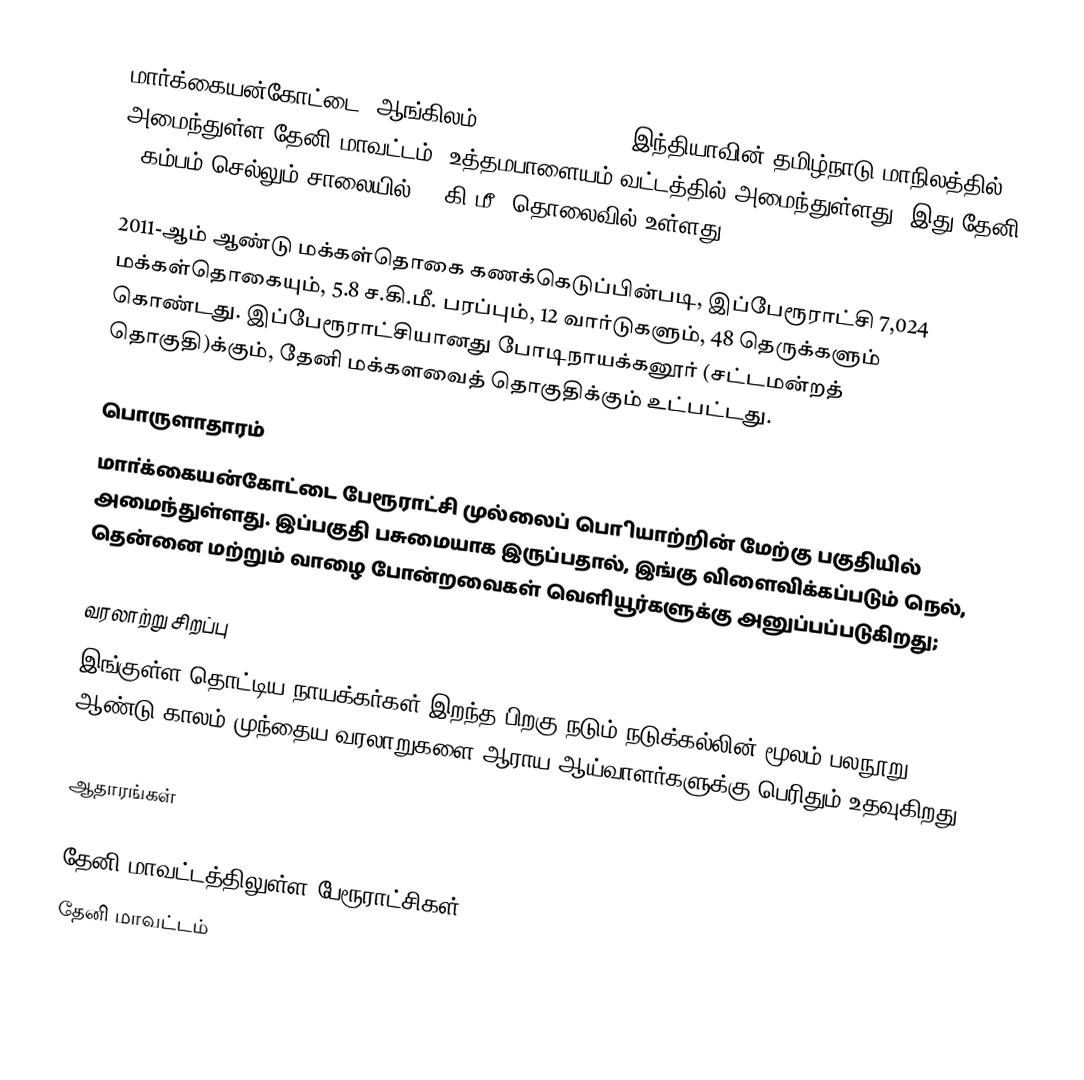
மார்க்கையன்கோட்டை (ஆங்கிலம்:Markayankottai), இந்தியாவின் தமிழ்நாடு மாநிலத்தில் அமைந்துள்ள தேனி மாவட்டம், உத்தமபாளையம் வட்டத்தில் அமைந்துள்ளது. இது தேனி - கம்பம் செல்லும் சாலையில் 22 கி.மீ. தொலைவில் உள்ளது.

2011-ஆம் ஆண்டு மக்கள்தொகை கணக்கெடுப்பின்படி,   இப்பேரூராட்சி 7,024 மக்கள்தொகையும், 5.8 ச.கி.மீ. பரப்பும், 12 வார்டுகளும், 48 தெருக்களும் கொண்டது. இப்பேரூராட்சியானது போடிநாயக்கனூர் (சட்டமன்றத் தொகுதி)க்கும், தேனி மக்களவைத் தொகுதிக்கும் உட்பட்டது.

பொருளாதாரம்
மாா்க்கையன்கோட்டை பேரூராட்சி முல்லைப் பொியாற்றின் மேற்கு பகுதியில் அமைந்துள்ளது. இப்பகுதி பசுமையாக இருப்பதால், இங்கு விளைவிக்கப்படும் நெல், தென்னை மற்றும் வாழை போன்றவைகள் வெளியூர்களுக்கு அனுப்பப்படுகிறது;

வரலாற்று சிறப்பு
இங்குள்ள தொட்டிய நாயக்கர்கள்  இறந்த பிறகு நடும் நடுக்கல்லின் மூலம்  பலநூறு ஆண்டு காலம் முந்தைய வரலாறுகளை ஆராய  ஆய்வாளர்களுக்கு பெரிதும் உதவுகிறது .

ஆதாரங்கள்

தேனி மாவட்டத்திலுள்ள பேரூராட்சிகள்
தேனி மாவட்டம்